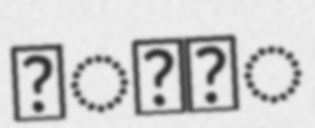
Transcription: गाउँ